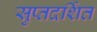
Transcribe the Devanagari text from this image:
सुप्तदर्शित